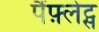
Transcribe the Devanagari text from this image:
पैंफ़्लेट्स